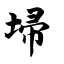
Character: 埽